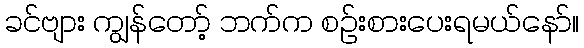
ခင်ဗျား ကျွန်တော့် ဘက်က စဉ်းစားပေးရမယ်နော်။